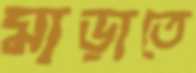
মাড়াতে